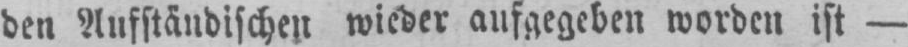
den Aufständischen wieder aufgegeben worden ist -